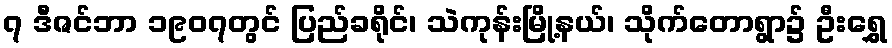
၇ ဒီဇင်ဘာ ၁၉၀၇တွင် ပြည်ခရိုင်၊ သဲကုန်းမြို့နယ်၊ သိုက်တောရွာ၌ ဦးရွှေ